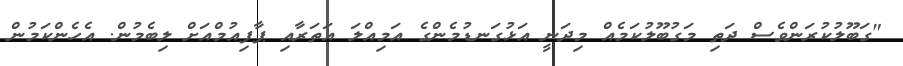
"ގަބޫލުކުރަންވެސް ދަތި މަގުބޫލުކަމެއް މިދަނީ އަޅުގަނޑުމެންގެ އަމިއްލަ އަތަރާއި ޕާފިއުމްއަށް ލިބެމުން. އެހެންކަމުން